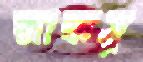
জাকসু